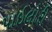
પાઇલોરી